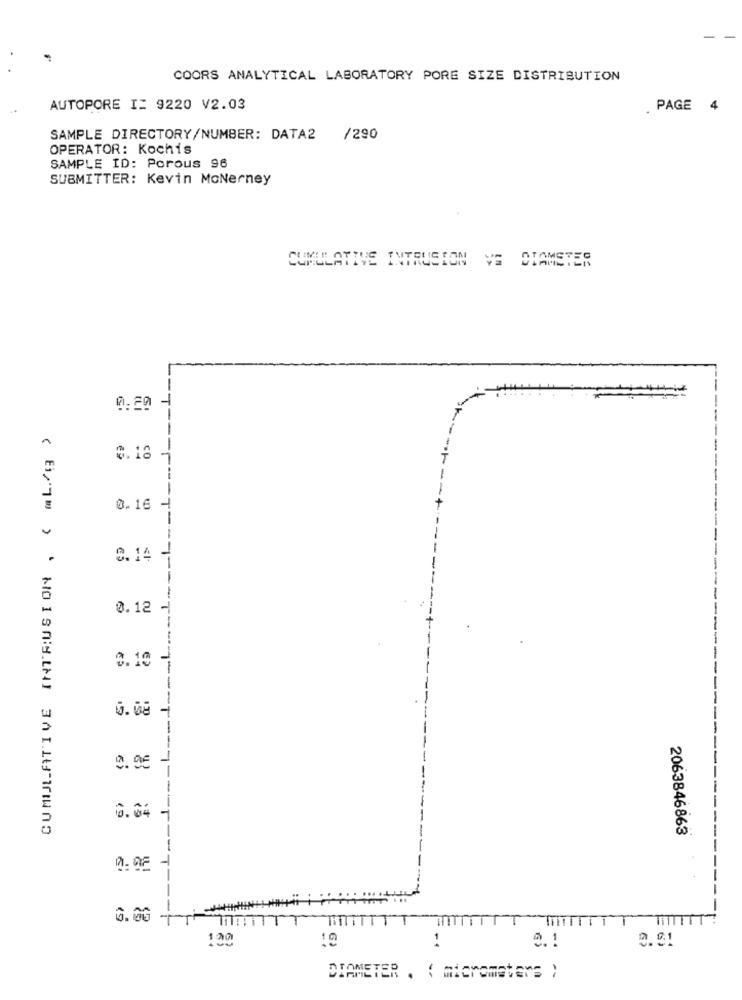
COORS ANALYTICAL LABORATORY PORE SIZE DISTRIBUTION
AUTOPORE I: 9220 V2.03
PAGE 4
SAMPLE DIRECTORY/NUMBER: DATA2 /290
OPERATOR: Kochis
SAMPLE ID: Porous 96
SUBMITTER: Kevin McNerney
CUMULATIVE INTRUSION VE DIAMETER
0:20
CUMIJLATIVE INTRUSION , ( (L./( )
3.18
0.16
0.14
0.12
2.10
0.08 -
0.96
0.04
-1
2063846863
-
0:02
0.00 -1
130
10
1
0.51
DIAMETER . ( micrometers )